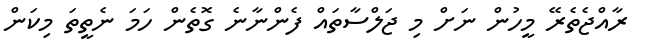
ރާއްޖެތެރޭ މީހުން ނަށް މި ޖަލްސާތައް ފެންނާނެ ގޮތެން ހަމަ ނެތީތަ މިކަން